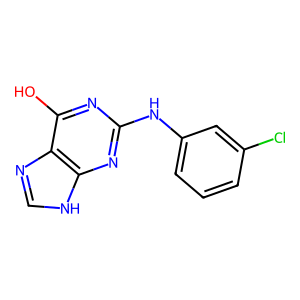
SMILES: Oc1nc(Nc2cccc(Cl)c2)nc2[nH]cnc12
Inhibits HIV replication: No